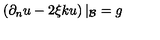
\left( \partial _ { n } u - 2 \xi { k } u \right) | _ { \cal B } = g